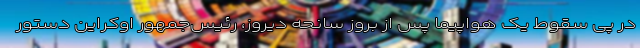
در پی سقوط یک هواپیما پس از بروز سانحه دیروز، رئیس‌جمهور اوکراین دستور